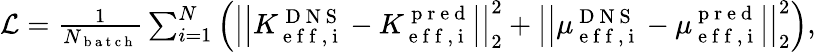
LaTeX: \begin{array}{r}{\mathcal{L}=\frac{1}{N_{\mathrm{~b~a~t~c~h~}}}\sum_{i=1}^{N}\left(\left|\left|K_{\mathrm{~e~f~f~,~i~}}^{\mathrm{~D~N~S~}}-K_{\mathrm{~e~f~f~,~i~}}^{\mathrm{~p~r~e~d~}}\right|\right|_{2}^{2}+\left|\left|\mu_{\mathrm{~e~f~f~,~i~}}^{\mathrm{~D~N~S~}}-\mu_{\mathrm{~e~f~f~,~i~}}^{\mathrm{~p~r~e~d~}}\right|\right|_{2}^{2}\right),}\end{array}